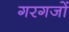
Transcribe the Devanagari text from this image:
गरगजों